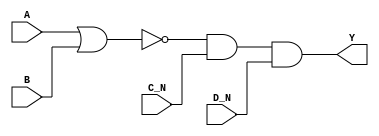
module sky130_fd_sc_hd__nor4bb (
    Y  ,
    A  ,
    B  ,
    C_N,
    D_N
);

    // Module ports
    output Y  ;
    input  A  ;
    input  B  ;
    input  C_N;
    input  D_N;

    // Local signals
    wire nor0_out  ;
    wire and0_out_Y;

    //  Name  Output      Other arguments
    nor nor0 (nor0_out  , A, B              );
    and and0 (and0_out_Y, nor0_out, C_N, D_N);
    buf buf0 (Y         , and0_out_Y        );

endmodule